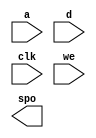
module dist_mem_gen_v6_3(
  a,
  d,
  clk,
  we,
  spo
);

input [8 : 0] a;
input [15 : 0] d;
input clk;
input we;
output [15 : 0] spo;

// synthesis translate_off

  DIST_MEM_GEN_V6_3 #(
    .C_ADDR_WIDTH(9),
    .C_DEFAULT_DATA("0"),
    .C_DEPTH(512),
    .C_FAMILY("spartan3"),
    .C_HAS_CLK(1),
    .C_HAS_D(1),
    .C_HAS_DPO(0),
    .C_HAS_DPRA(0),
    .C_HAS_I_CE(0),
    .C_HAS_QDPO(0),
    .C_HAS_QDPO_CE(0),
    .C_HAS_QDPO_CLK(0),
    .C_HAS_QDPO_RST(0),
    .C_HAS_QDPO_SRST(0),
    .C_HAS_QSPO(0),
    .C_HAS_QSPO_CE(0),
    .C_HAS_QSPO_RST(0),
    .C_HAS_QSPO_SRST(0),
    .C_HAS_SPO(1),
    .C_HAS_SPRA(0),
    .C_HAS_WE(1),
    .C_MEM_INIT_FILE("dist_mem_gen_v6_3.mif"),
    .C_MEM_TYPE(1),
    .C_PARSER_TYPE(1),
    .C_PIPELINE_STAGES(0),
    .C_QCE_JOINED(0),
    .C_QUALIFY_WE(0),
    .C_READ_MIF(1),
    .C_REG_A_D_INPUTS(0),
    .C_REG_DPRA_INPUT(0),
    .C_SYNC_ENABLE(1),
    .C_WIDTH(16)
  )
  inst (
    .A(a),
    .D(d),
    .CLK(clk),
    .WE(we),
    .SPO(spo),
    .DPRA(),
    .SPRA(),
    .I_CE(),
    .QSPO_CE(),
    .QDPO_CE(),
    .QDPO_CLK(),
    .QSPO_RST(),
    .QDPO_RST(),
    .QSPO_SRST(),
    .QDPO_SRST(),
    .DPO(),
    .QSPO(),
    .QDPO()
  );

// synthesis translate_on

endmodule